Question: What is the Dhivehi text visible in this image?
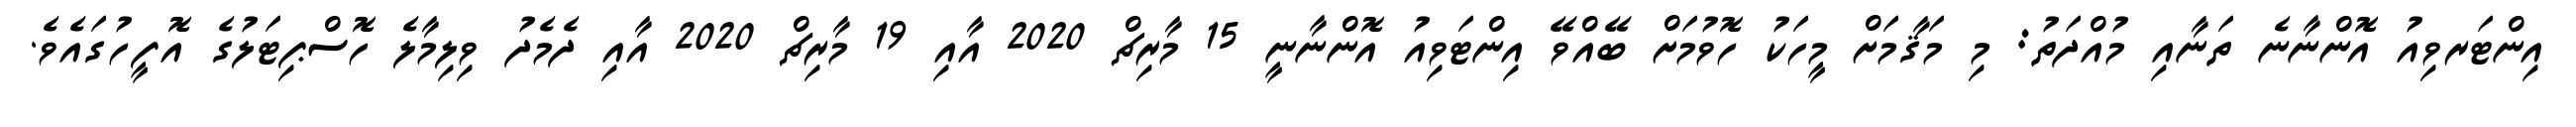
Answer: އިންޓަރވިއު އޮންނާނެ ތަނާއި މުއްދަތު: މި މަޤާމަށް މީހަކު ހޮވުމަށް ބޭއްވޭ އިންޓަވިއު އޮންނާނީ 15 މާރިޗް 2020 އާއި 19 މާރިޗް 2020 އާއި ދެމެދު ވިލިމާލެ ހޮސްޕިޓަލުގެ އޮފީހުގައެވެ.